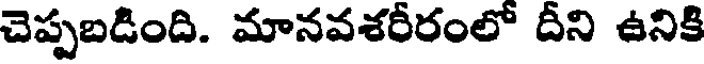
చెప్పబడింది. మానవశరీరంలో దీని ఉనికి